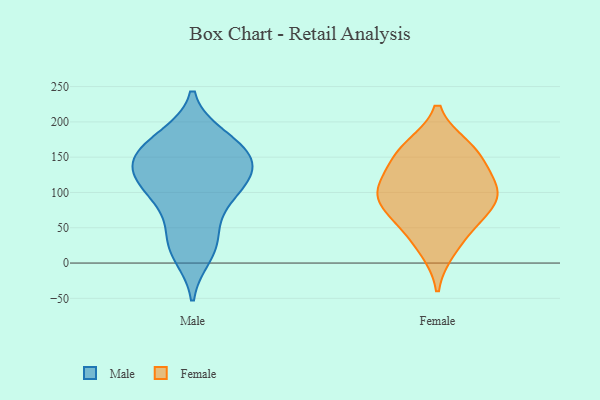
{"axis": {"x": "Shipments", "y": "Value"}, "legend": ["Female", "Male"], "data": [{"x": "", "y": 160, "type": "Male"}, {"x": "", "y": 141, "type": "Male"}, {"x": "", "y": 11, "type": "Male"}, {"x": "", "y": 139, "type": "Male"}, {"x": "", "y": 179, "type": "Male"}, {"x": "", "y": 85, "type": "Male"}, {"x": "", "y": 26, "type": "Male"}, {"x": "", "y": 108, "type": "Male"}, {"x": "", "y": 127, "type": "Male"}, {"x": "", "y": 175, "type": "Male"}, {"x": "", "y": 94, "type": "Male"}, {"x": "", "y": 154, "type": "Male"}, {"x": "", "y": 121, "type": "Male"}, {"x": "", "y": 41, "type": "Male"}, {"x": "", "y": 153, "type": "Female"}, {"x": "", "y": 163, "type": "Female"}, {"x": "", "y": 91, "type": "Female"}, {"x": "", "y": 49, "type": "Female"}, {"x": "", "y": 86, "type": "Female"}, {"x": "", "y": 106, "type": "Female"}, {"x": "", "y": 120, "type": "Female"}, {"x": "", "y": 158, "type": "Female"}, {"x": "", "y": 20, "type": "Female"}, {"x": "", "y": 103, "type": "Female"}, {"x": "", "y": 69, "type": "Female"}]}